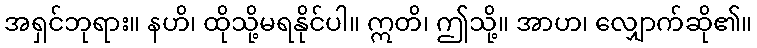
အရှင်ဘုရား။ နဟိ၊ ထိုသို့မရနိုင်ပါ။ ဣတိ၊ ဤသို့။ အာဟ၊ လျှောက်ဆို၏။